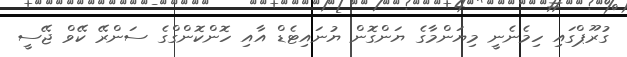
ގުރޫޕްގައި ހިމެނެނީ މިޔަންމާގެ ޔަންގޮން ޔުނައިޓެޑް އާއި ހޮންކޮންގްގެ ސަންރޭ ކޭވް ޖޭސީ